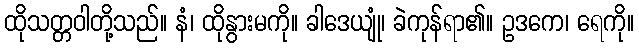
ထိုသတ္တဝါတို့သည်။ နံ၊ ထိုနွားမကို။ ခါဒေယျုံ၊ ခဲကုန်ရာ၏။ ဥဒကေ၊ ရေကို။